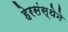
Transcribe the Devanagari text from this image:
हेरसंस्थेने